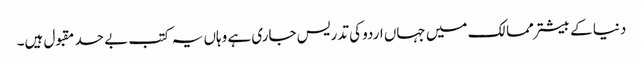
دنیا کے بیشتر ممالک میں جہاں اردو کی تدریس جاری ہے وہاں یہ کتب بے حد مقبول ہیں۔